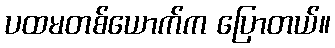
ပထမတစ်ယောက်က ပြောတယ်။